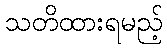
သတိထားရမည့်